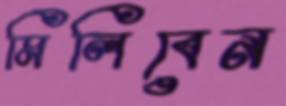
মিলিবেন